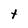
Character: t